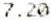
7.20